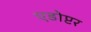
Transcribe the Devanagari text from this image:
एडोप्टर